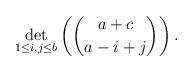
LaTeX: \begin{align*} \det_{1\le i,j\le b}\left(\binom {a+c}{a-i+j}\right). \end{align*}